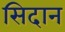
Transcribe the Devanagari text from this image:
सिदान